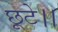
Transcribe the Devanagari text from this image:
छूटे।।